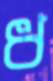
ধ